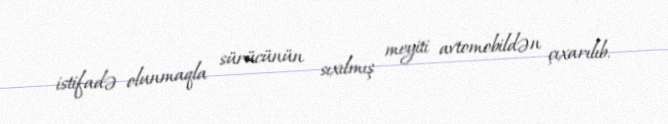
istifadə olunmaqla sürücünün sıxılmış meyiti avtomobildən çıxarılıb.